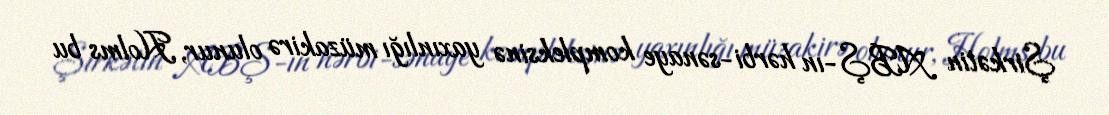
Şirkətin ABŞ-ın hərbi-sənaye kompleksinə yaxınlığı müzakirə olunur, Holms bu